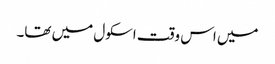
میں اس وقت اسکول میں تھا۔